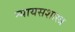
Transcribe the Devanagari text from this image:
न्यायसशास्त्र